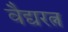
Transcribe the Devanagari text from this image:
वैद्यरत्न